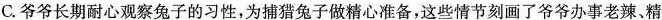
C.爷爷长期耐心观察兔子的习性，为捕猎兔子做精心准备，这些情节刻画了爷爷办事老辣、精